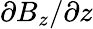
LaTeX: \partial B_{z}/\partial z